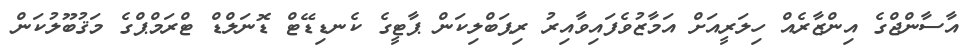
އާސާންޖްގެ އިންޒާރެއް ހިލަރީއަށް އަމާޒުވެފައިވާއިރު ރިޕަބްލިކަން ޕާޓީގެ ކެނޑިޑޭޓް ޑޮނަލްޑް ޓްރަމްޕްގެ މަޤުބޫލުކަން